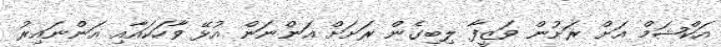
އަކްޝަމް އަށް ރަށުން ވަޒީފާ ލިބިގެން ރަށަށް އަންނަން އުޅޭ ވާހަކައާއި އަންނައިރު